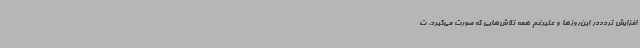
افزایش تردددر این‌روزها و علیرغم همه تلاش‌هایی که صورت می‌گیرد، ت